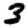
Digit: 3